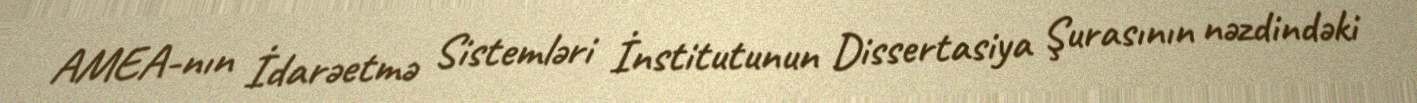
AMEA-nın İdarəetmə Sistemləri İnstitutunun Dissertasiya Şurasının nəzdindəki